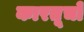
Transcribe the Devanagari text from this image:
कारतूचो